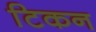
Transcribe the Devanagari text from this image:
टिकन